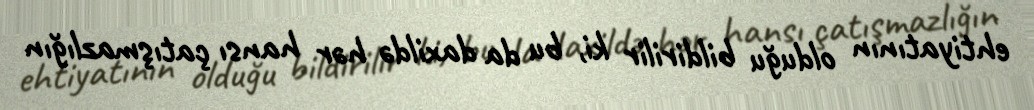
ehtiyatının olduğu bildirilir ki, bu da daxildə hər hansı çatışmazlığın